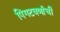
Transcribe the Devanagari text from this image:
पिंगटवर्णाची